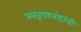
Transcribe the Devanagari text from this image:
स्वरूपानंदांनी